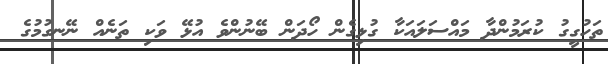
ތަހުގީގު ކުރަމުންދާ މައްސަލައަކާ ގުޅިގެން ހޯދަން ބޭނުންވެ އުޅޭ ވަކި ތަނެއް ނޭނގުމުގެ